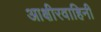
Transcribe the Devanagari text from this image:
आक्षीरवाहिनी